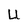
Character: U